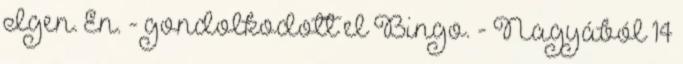
Igen. Én. - gondolkodott el Bingo. - Nagyából 14